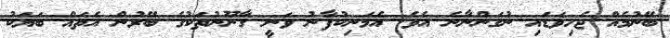
ބޭނުމެއް ޖެހިވަޑައި ނުގަންނާނެ އެވެ. އެމަނިކުފާނު ވަނީ ގާނޫނުތަކުގެ ބޭރުން އެތައް ބަޔަކު